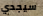
سيجدي